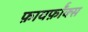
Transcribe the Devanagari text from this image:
फ़ायर्फ़ॉक्स